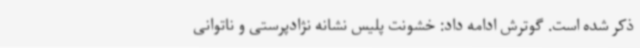
ذکر شده است. گوترش ادامه داد: خشونت پلیس نشانه نژادپرستی و ناتوانی